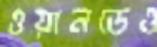
ওয়ানডেও